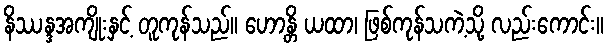
နိဿန္ဒအကျိုးနှင့် တူကုန်သည်။ ဟောန္တိ ယထာ၊ ဖြစ်ကုန်သကဲ့သို့ လည်းကောင်း။